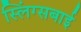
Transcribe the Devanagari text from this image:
स्लिंग्सबाई